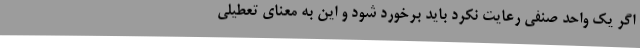
اگر یک واحد صنفی رعایت نکرد باید برخورد شود و این به معنای تعطیلی